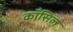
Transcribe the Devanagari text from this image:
काँसिल